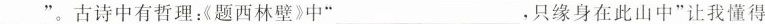
___”。古诗中有哲理《题西林壁》中”___，只缘身在此山中”让我懂得